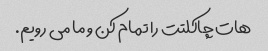
هات چاکلتت را تمام کن و ما می رویم.